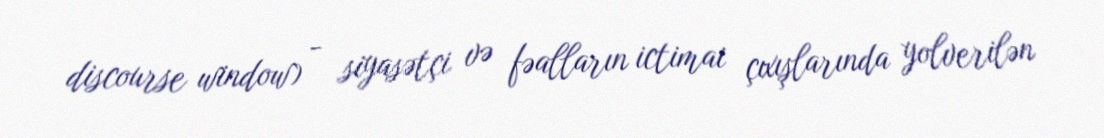
discourse window) - siyasətçi və fəalların ictimai çıxışlarında yolverilən